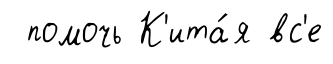
помочь К'ита́я вс'е